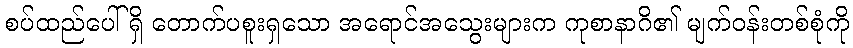
စပ်ထည်ပေါ်ရှိ တောက်ပစူးရှသော အရောင်အသွေးများက ကုစာနာဂိ၏ မျက်ဝန်းတစ်စုံကို